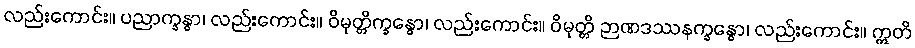
လည်းကောင်း။ ပညာက္ခန္ဓာ၊ လည်းကောင်း။ ဝိမုတ္တိက္ခန္ဓော၊ လည်းကောင်း။ ဝိမုတ္တိ ဉာဏဒဿနက္ခန္ဓော၊ လည်းကောင်း။ ဣတိ